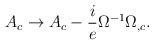
\begin{align*}A_c\rightarrow A_c-\frac{i}{e}\Omega^{-1}\Omega_{,c}.\end{align*}